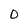
Character: O